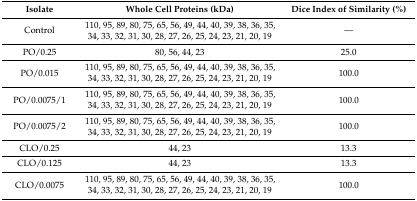
<table><thead><tr><td><b>Isolate</b></td><td><b>Whole Cell Proteins (kDa)</b></td><td><b>Dice Index of Similarity (%)</b></td></tr></thead><tbody><tr><td>Control</td><td>110, 95, 89, 80, 75, 65, 56, 49, 44, 40, 39, 38, 36, 35, 34, 33, 32, 31, 30, 28, 27, 26, 25, 24, 23, 21, 20, 19</td><td>—</td></tr><tr><td>PO/0.25</td><td>80, 56, 44, 23</td><td>25.0</td></tr><tr><td>PO/0.015</td><td>110, 95, 89, 80, 75, 65, 56, 49, 44, 40, 39, 38, 36, 35, 34, 33, 32, 31, 30, 28, 27, 26, 25, 24, 23, 21, 20, 19</td><td>100.0</td></tr><tr><td>PO/0.0075/1</td><td>110, 95, 89, 80, 75, 65, 56, 49, 44, 40, 39, 38, 36, 35, 34, 33, 32, 31, 30, 28, 27, 26, 25, 24, 23, 21, 20, 19</td><td>100.0</td></tr><tr><td>PO/0.0075/2</td><td>110, 95, 89, 80, 75, 65, 56, 49, 44, 40, 39, 38, 36, 35, 34, 33, 32, 31, 30, 28, 27, 26, 25, 24, 23, 21, 20, 19</td><td>100.0</td></tr><tr><td>CLO/0.25</td><td>44, 23</td><td>13.3</td></tr><tr><td>CLO/0.125</td><td>44, 23</td><td>13.3</td></tr><tr><td>CLO/0.0075</td><td>110, 95, 89, 80, 75, 65, 56, 49, 44, 40, 39, 38, 36, 35, 34, 33, 32, 31, 30, 28, 27, 26, 25, 24, 23, 21, 20, 19</td><td>100.0</td></tr></tbody></table>